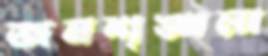
জনশৃঙ্খলা